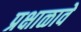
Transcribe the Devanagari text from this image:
प्रक्षाळावे